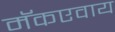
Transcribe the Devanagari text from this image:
मॅकएवाय